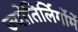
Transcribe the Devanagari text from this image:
ज्योतिर्लिगोंमें